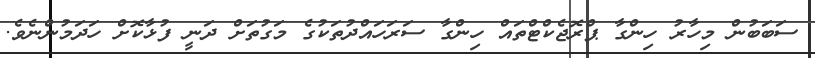
ސަބަބުން މިހާރު ހިންގާ ޕްރޮޖެކްޓްތައް ހިންގާ ސަރަހައްދުތަކުގެ މަގުތަށް ދަނީ ފުޅާކޮށް ހަދަމުންނެވެ.